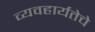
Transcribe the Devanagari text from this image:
व्यवहार्यतेचे